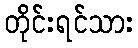
တိုင်းရင်သား